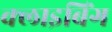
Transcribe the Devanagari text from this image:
क्लाइबिंग